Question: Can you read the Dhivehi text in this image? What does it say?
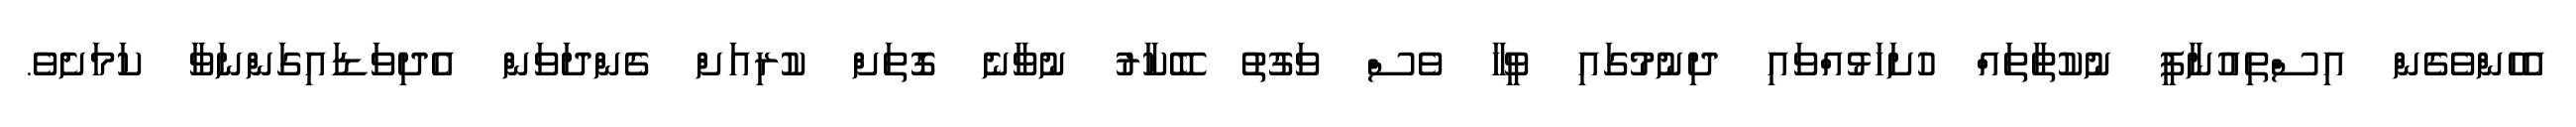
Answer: އެހެންވެގެން އިސްތިއުނާފީ ނުކުތާތައް ހުށަހަޅުއްވައި ދިނުމުގައި ވީހާ ވެސް ވަގުތު ބޭކާރު ނުވާނެ ގޮތަށް ކުރިއަށް ގެންދަވަން އެދިވަޑައިގަންނަވާ ކަމަށެވެ.